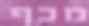
מכף